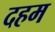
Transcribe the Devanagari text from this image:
दहम